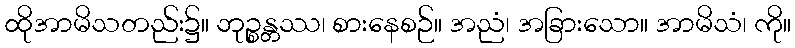
ထိုအာမိသတည်း၌။ ဘုဉ္စန္တဿ၊ စားနေစဉ်။ အညံ၊ အခြားသော။ အာမိသံ၊ ကို။